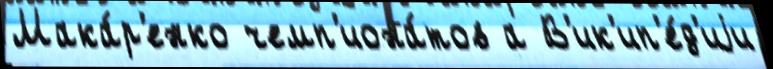
Мака́р'енко чемп'иона́тов а В'ик'ип'е́д'иjи